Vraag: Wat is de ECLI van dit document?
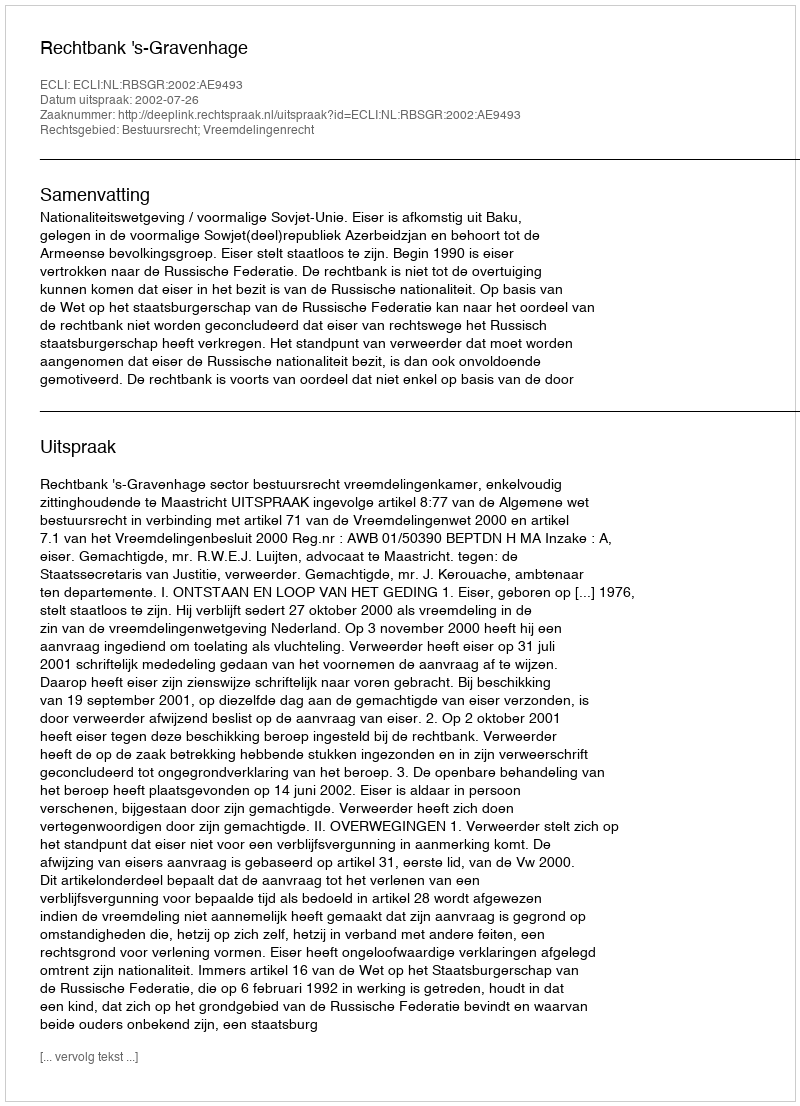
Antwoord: ECLI:NL:RBSGR:2002:AE9493